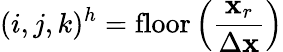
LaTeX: (i,j,k)^{h}=\mathrm{floor}\left(\frac{\mathbf{x}_{r}}{\Delta\mathbf{x}}\right)